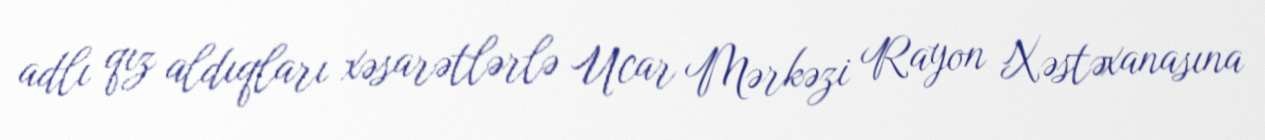
adlı qız aldıqları xəsarətlərlə Ucar Mərkəzi Rayon Xəstəxanasına